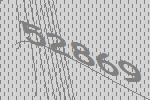
52869